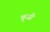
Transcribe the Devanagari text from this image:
क्रुजी